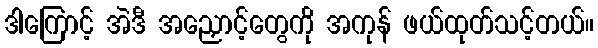
ဒါကြောင့် အဲဒီ အညှောင့်တွေကို အကုန် ဖယ်ထုတ်သင့်တယ်။